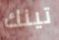
تينك